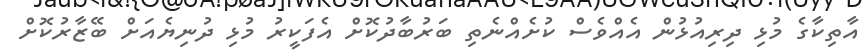
އާތިކާގެ މުޅި ދިރިއުޅުން އެއްވެސް ކުށެއްނެތިި ބަރުބާދުކޮށް އެފަކީރު މުޅި ދުނިޔެއަށް ބޭޒާރުކޮށް